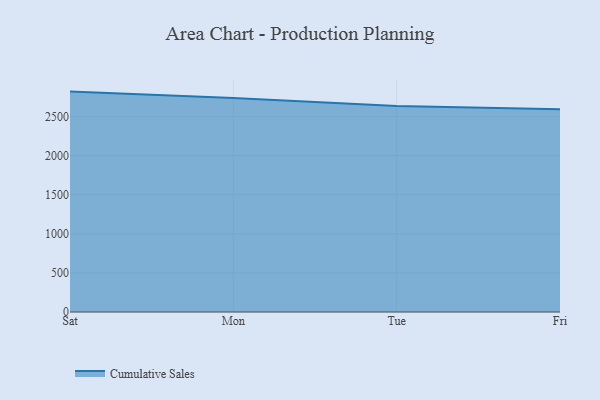
{"axis": {"x": "Day", "y": "Energy Usage (MWh)"}, "legend": ["Cumulative Sales"], "data": [{"x": "Sat", "y": 2818.6, "type": "Cumulative Sales"}, {"x": "Mon", "y": 2735.8, "type": "Cumulative Sales"}, {"x": "Tue", "y": 2634.5, "type": "Cumulative Sales"}, {"x": "Fri", "y": 2594.4, "type": "Cumulative Sales"}]}